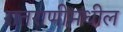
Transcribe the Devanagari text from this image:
रातराणीमधील